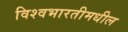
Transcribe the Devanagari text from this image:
विश्वभारतीमधील